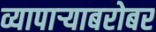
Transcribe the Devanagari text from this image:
व्यापाऱ्याबरोबर